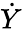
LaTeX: \dot{Y}